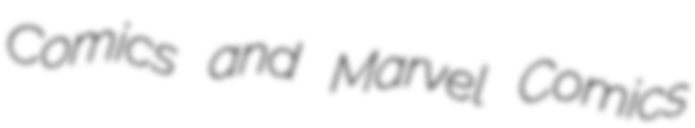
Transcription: Comics and Marvel Comics